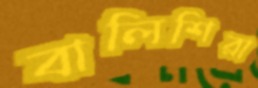
বালিশিরা